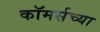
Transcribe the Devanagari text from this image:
कॉमर्सच्या